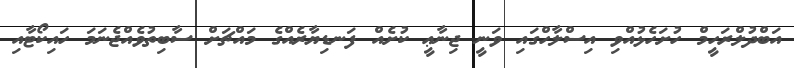
އަބްދުލްރަހީމް ހުށަހެޅުއްވި އިސްލާހްގައި ވަނީ ޖިނާޢީ ކުށެއް ފަނޑިޔާރެއްގެ މައްޗަށް ސާބިތުވެއްޖެނަމަ ހައިކޯޓާއި